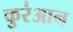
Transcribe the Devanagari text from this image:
कुर॑आन